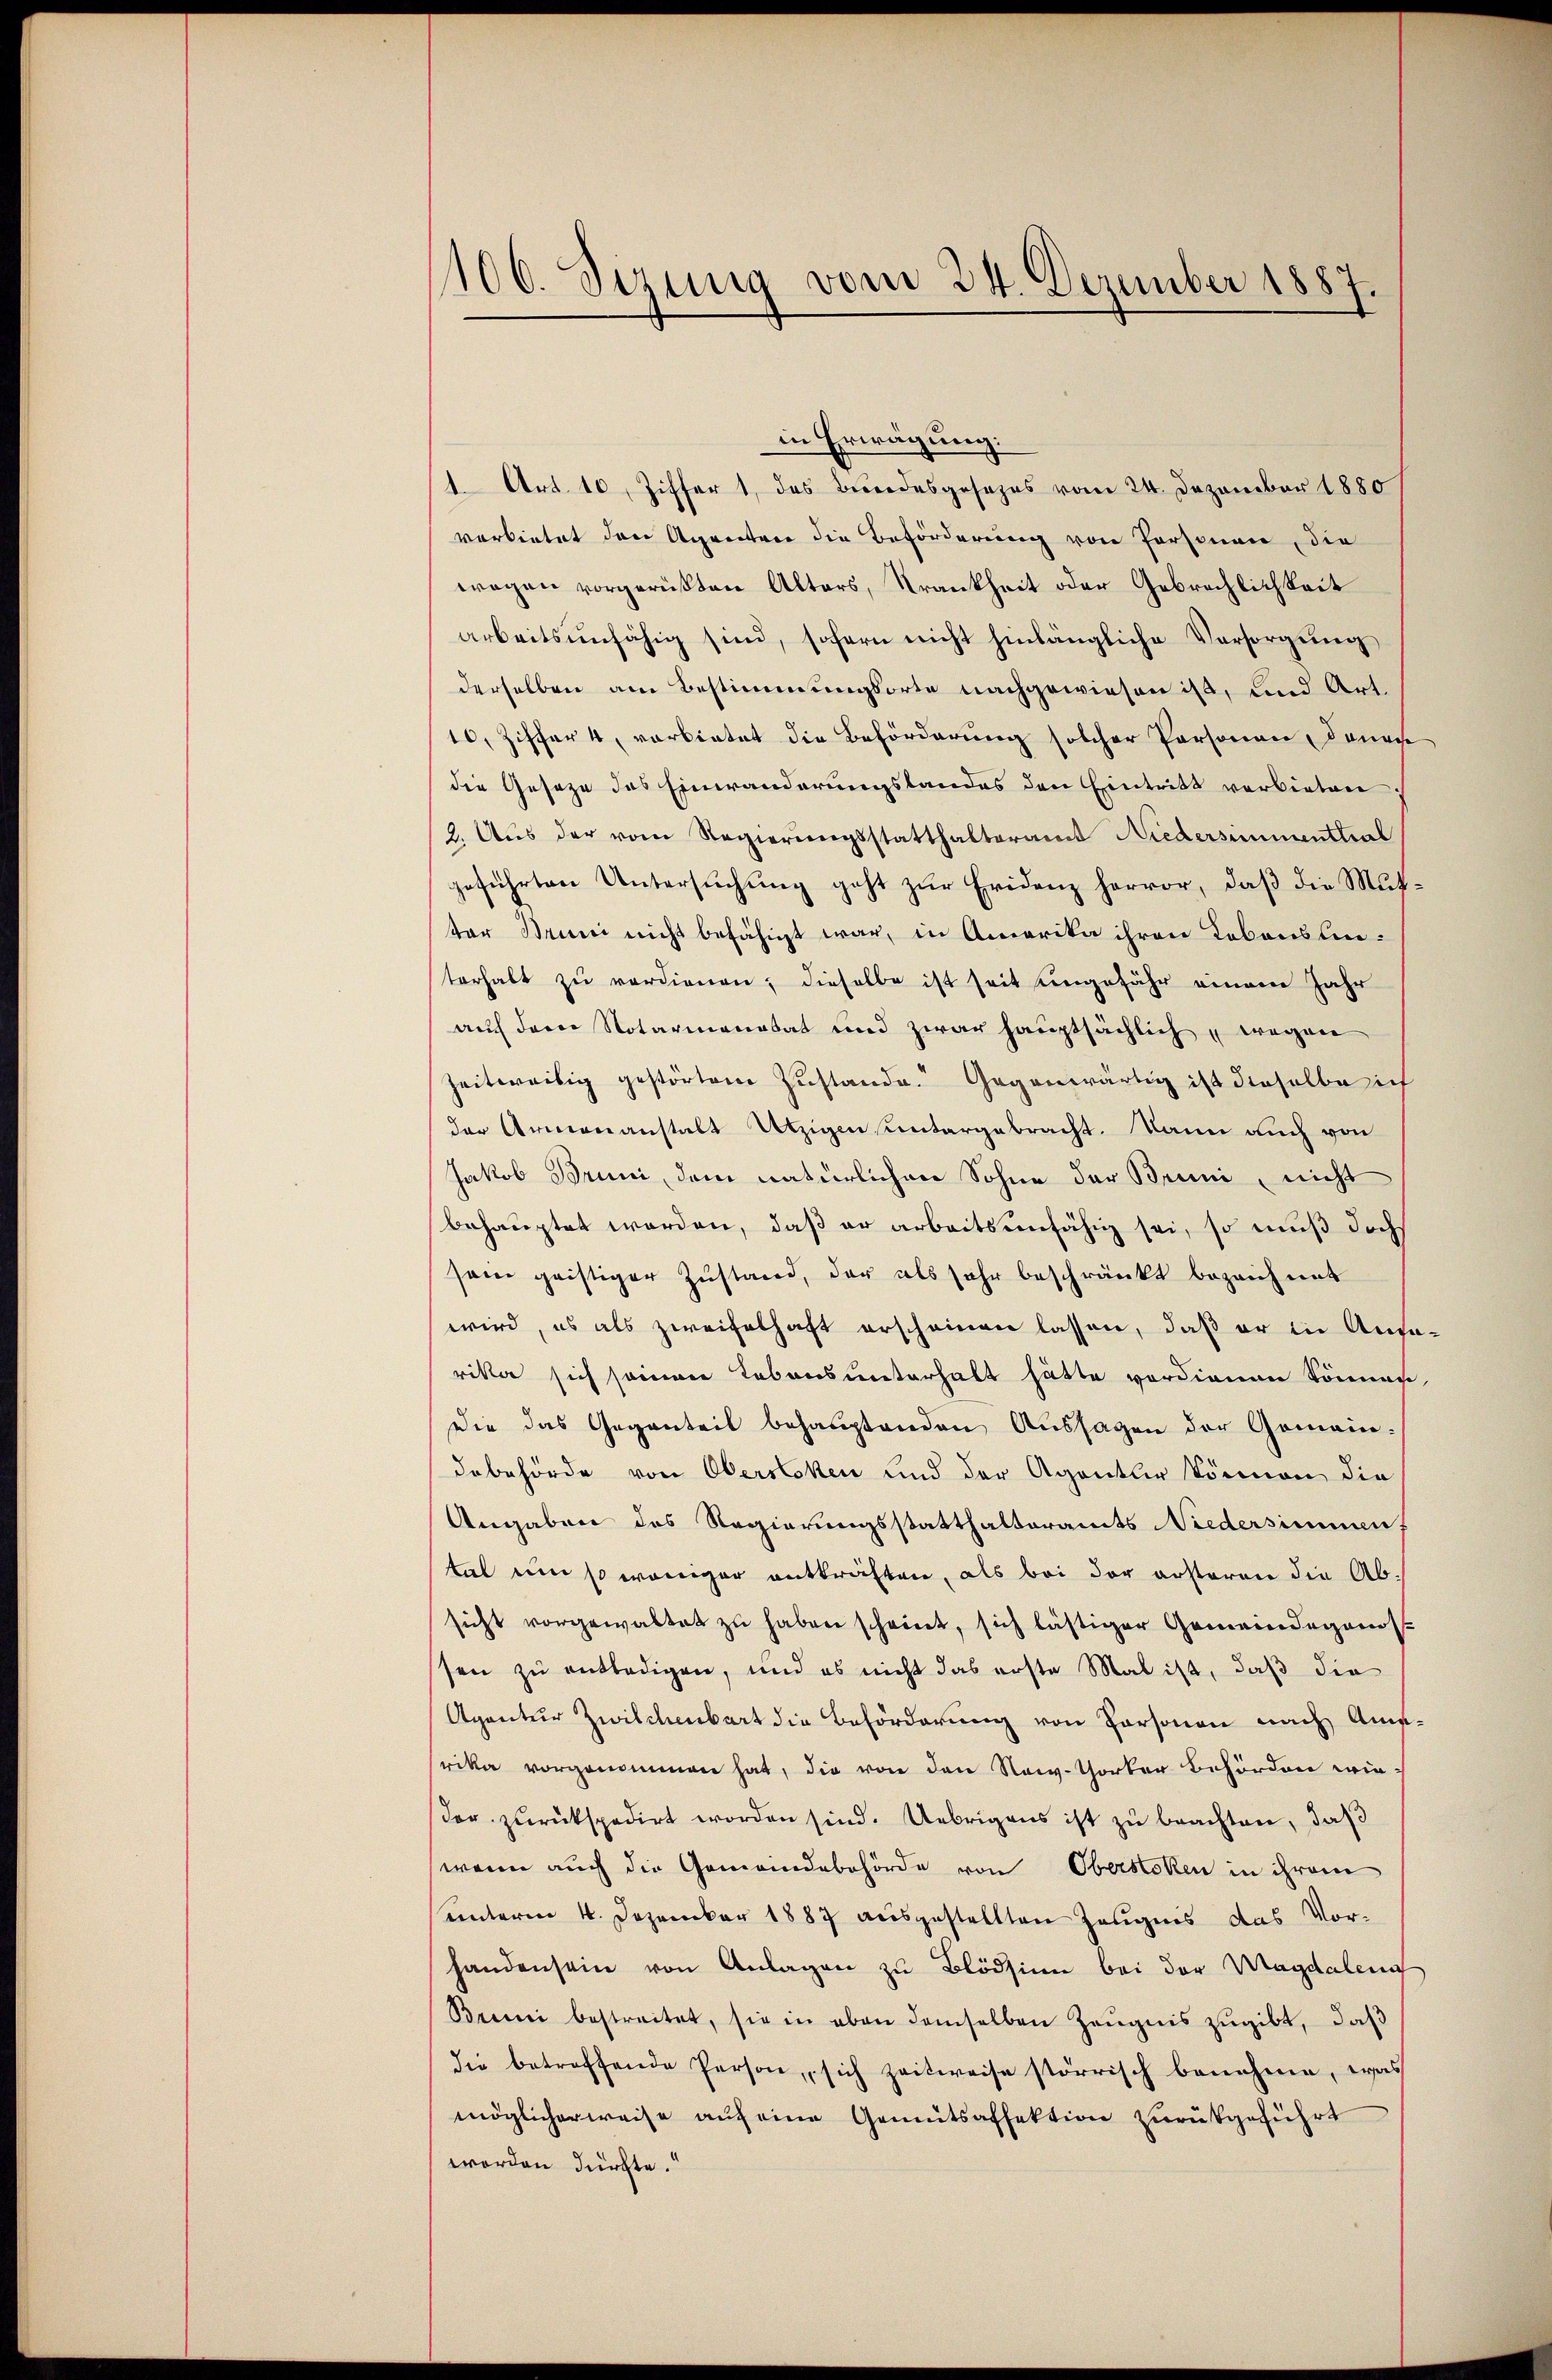
106. Sizung vom 24. Dezember 1887

in Erwägung:
1. Art. 10, Ziffer 1, des Bundesgesezes vom 24. Dezember 1880
verbietet den Agnestrie die Beförderung von Personen, die
wegen vorgerüsten Alters, Krankheit oder Gebrachlichkeit
arbeitsunfähig sind, sofern nicht hinlängliche Versorgung
derselben am Bestimmungsorte nachgewiesen ist, und Art.
10, Ziffer 4, verbietet die Beförderung solcher Personen, danac
die Geseze des Einwanderungslandes den Eintritt verbieten
2. Aus der vom Regierungsstatthalteramt Niedersimmenthal
geführten Untersuchung geht zur Fridenz hervor, daß die Muttar Bruni nicht befähigt war, in Amerika ihren Kobonslin-
terhalt zu verdienen, dieselbe ist seit ungefähr einem Jahr
auf dem Notarianatat und zwar hauptsächlich, wegen
zeitweilig gestörtene Zustande. Gegenwärtig ist dieselbe ich
der Armenanstalt Utzigen untergebracht. Dann auch von
Jakob Bruni, dem natürlichen Sohne der Bruni, nicht
behauptet werden, daß er arbeitsunfähig sei, so muß doch
sein geistiger Zustand, der als sehr beschränkt bezeichnet
wird, es als zweifelhaft erscheinen lassen, daß er in Ansa-
rika sich seinen Lebensunterhalt hätte verdienen können,
Die das Gegenteil behauptenden Aŭssagen der Gemein:
debehörde von Oberstoken und der Agentler können die
Angaben des Regierungsstatthalteramts Niedersimmen.
tal um so weniger entkräften, als bei der ersteren die Ab-
sicht vorgewaltet zu haben scheint, sich lästiger Gemeindeganossen zu entledigen, und es nicht das erste Mal ist, daß die
Agentur Zwilchenbart die Behörderung von Personen nach Amerika vorgenommen hat, die von den New-Yorker behörden wirder zurückspedirt worden sind. Uebrigens ist zu beachten, daß
wenn auch die Gemeindebehörde von Oberstoken in ihrem
unterm 4. Dezember 1887 ausgestellten Zeugnis das Vor-
handensein von Anlagen zu Blödsinn bei der Magdalend
Berei bestreitet, sie in eben demselben Zeugnis zugibt, daß
die betreffende Person, sich zeitweise störrisch benahme, was
möglicherweise auf eine Gemütsaffektion zurükgeführt
worden dürfte.